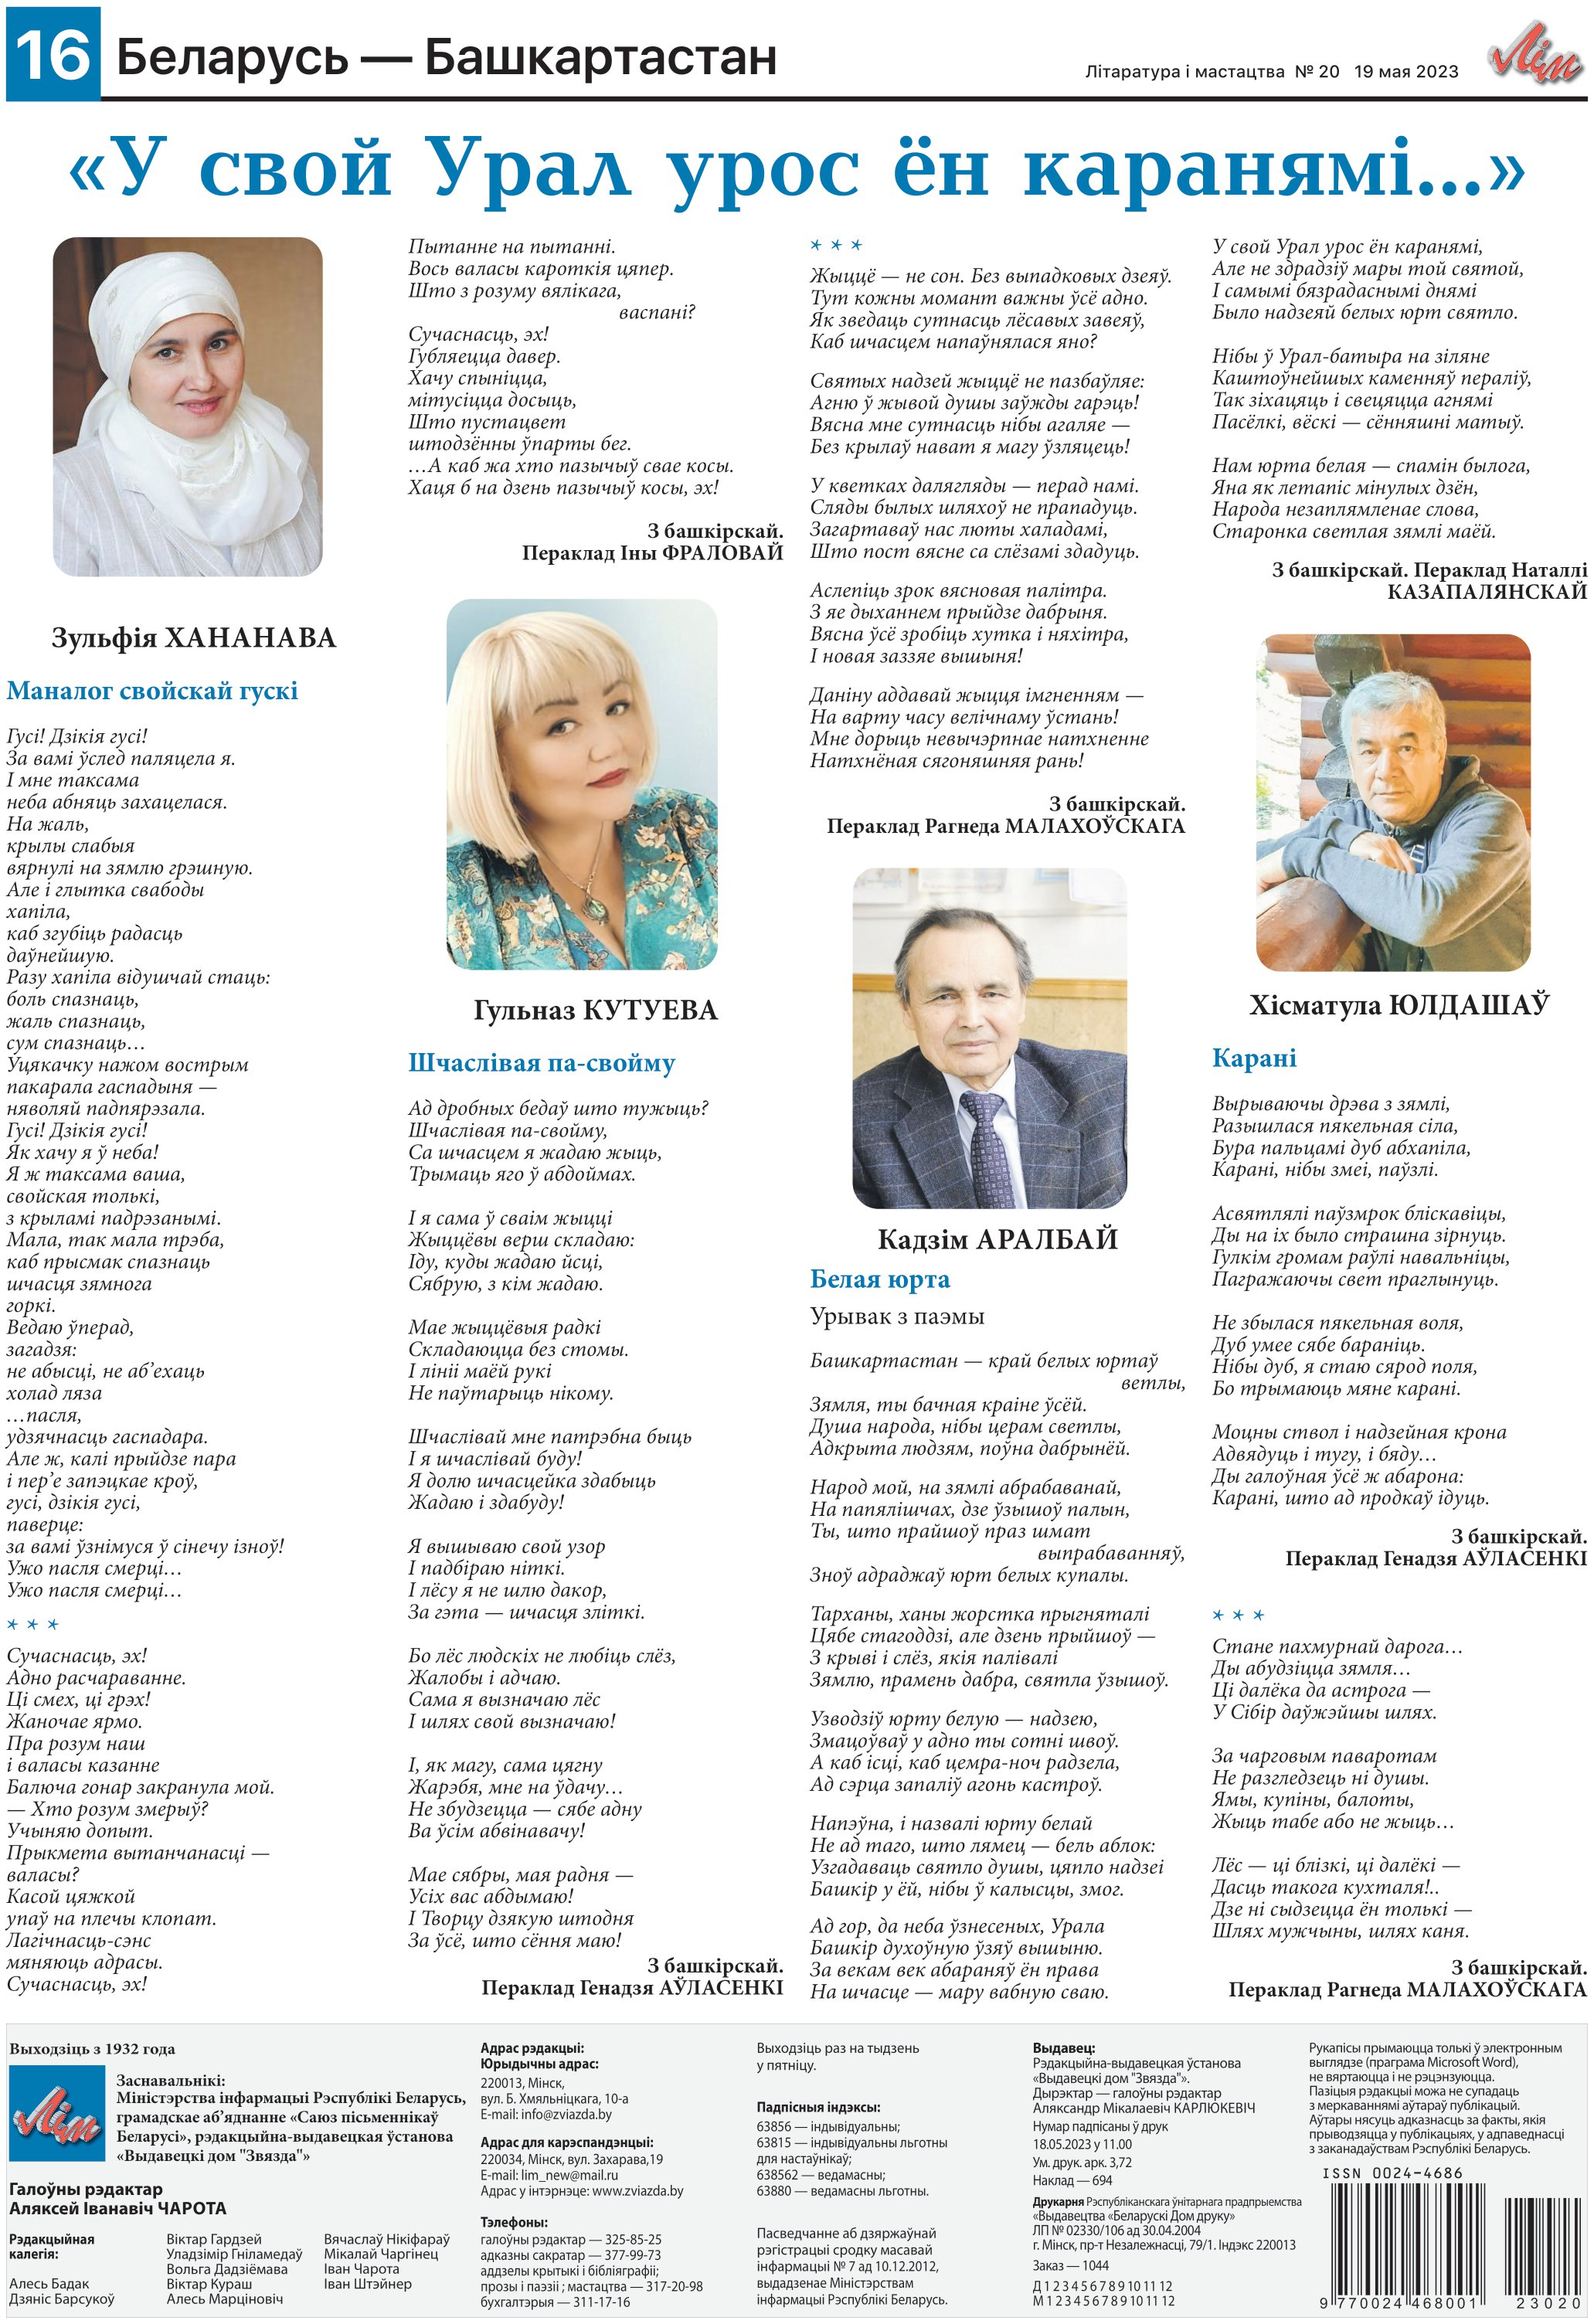
Language: be